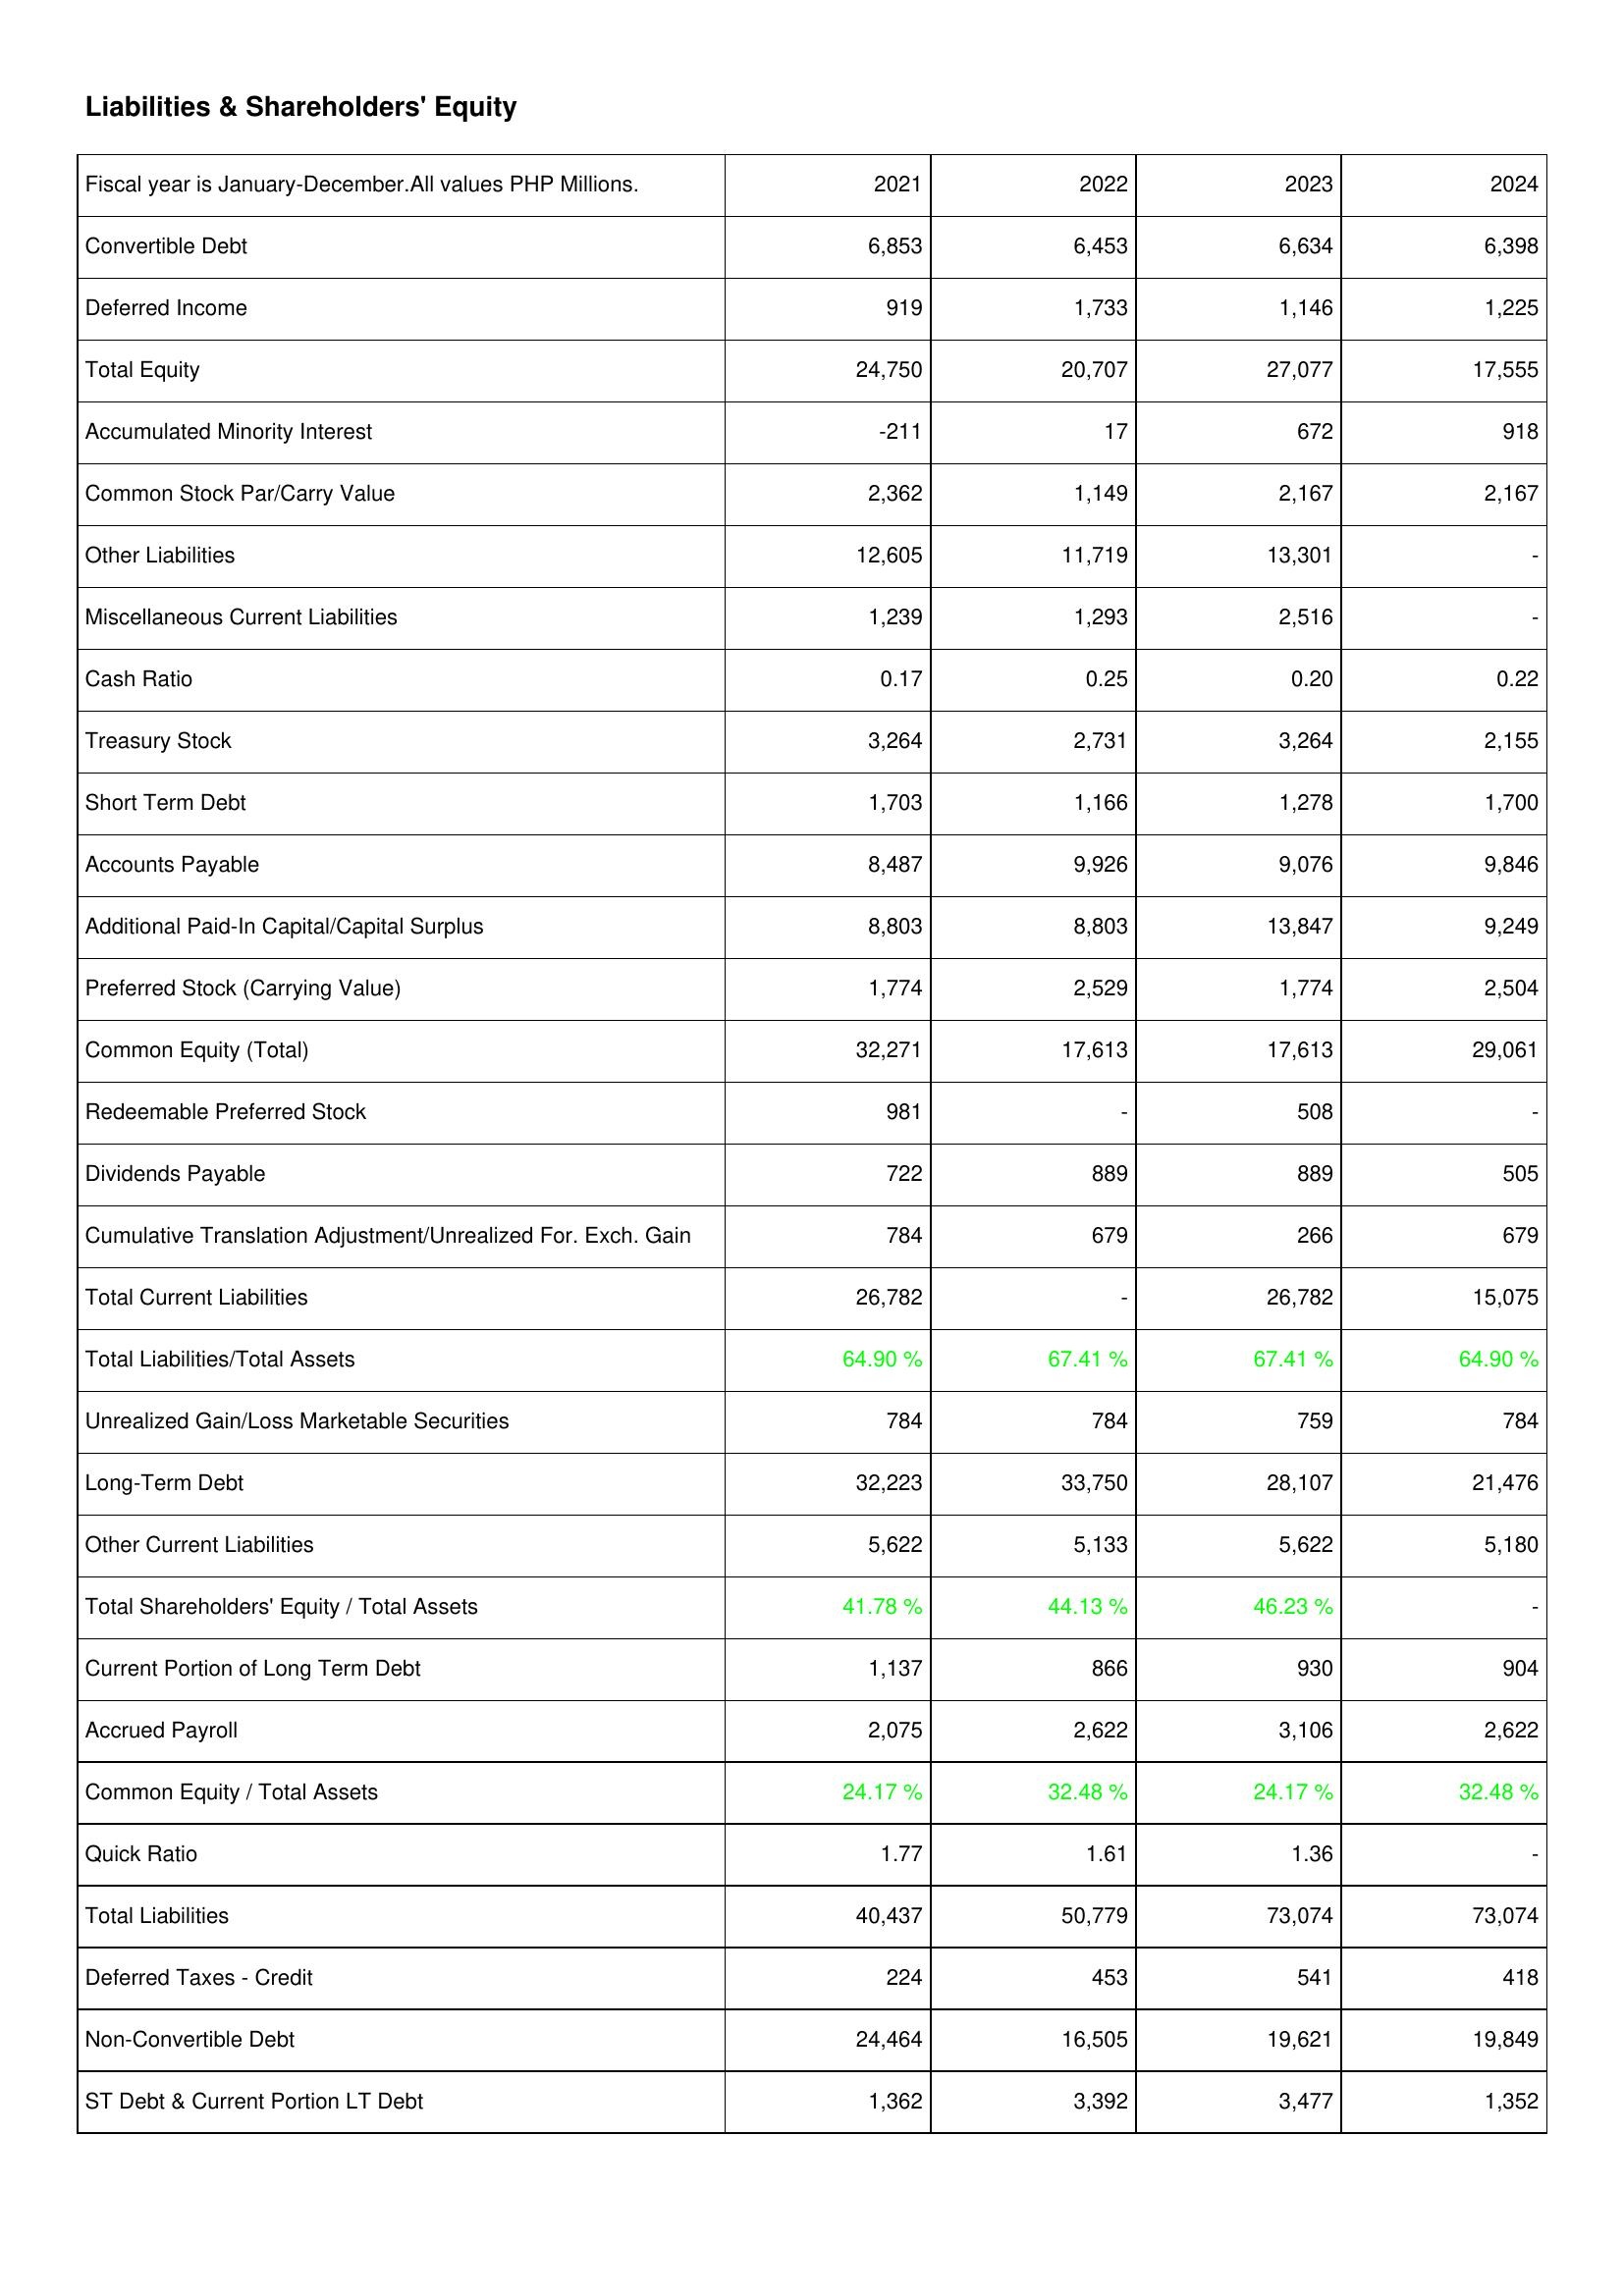
2021: Liabilities & Shareholders' Equity: Convertible Debt: 6,853
Deferred Income: 919
Total Equity: 24,750
Accumulated Minority Interest: -211
Common Stock Par/Carry Value: 2,362
Other Liabilities: 12,605
Miscellaneous Current Liabilities: 1,239
Cash Ratio: 0.17
Treasury Stock: 3,264
Short Term Debt: 1,703
Accounts Payable: 8,487
Additional Paid-In Capital/Capital Surplus: 8,803
Preferred Stock (Carrying Value): 1,774
Common Equity (Total): 32,271
Redeemable Preferred Stock: 981
Dividends Payable: 722
Cumulative Translation Adjustment/Unrealized For. Exch. Gain: 784
Total Current Liabilities: 26,782
Total Liabilities/Total Assets: 64.90 %
Unrealized Gain/Loss Marketable Securities: 784
Long-Term Debt: 32,223
Other Current Liabilities: 5,622
Total Shareholders' Equity / Total Assets: 41.78 %
Current Portion of Long Term Debt: 1,137
Accrued Payroll: 2,075
Common Equity / Total Assets: 24.17 %
Quick Ratio: 1.77
Total Liabilities: 40,437
Deferred Taxes - Credit: 224
Non-Convertible Debt: 24,464
ST Debt & Current Portion LT Debt: 1,362
2022: Liabilities & Shareholders' Equity: Convertible Debt: 6,453
Deferred Income: 1,733
Total Equity: 20,707
Accumulated Minority Interest: 17
Common Stock Par/Carry Value: 1,149
Other Liabilities: 11,719
Miscellaneous Current Liabilities: 1,293
Cash Ratio: 0.25
Treasury Stock: 2,731
Short Term Debt: 1,166
Accounts Payable: 9,926
Additional Paid-In Capital/Capital Surplus: 8,803
Preferred Stock (Carrying Value): 2,529
Common Equity (Total): 17,613
Redeemable Preferred Stock: -
Dividends Payable: 889
Cumulative Translation Adjustment/Unrealized For. Exch. Gain: 679
Total Current Liabilities: -
Total Liabilities/Total Assets: 67.41 %
Unrealized Gain/Loss Marketable Securities: 784
Long-Term Debt: 33,750
Other Current Liabilities: 5,133
Total Shareholders' Equity / Total Assets: 44.13 %
Current Portion of Long Term Debt: 866
Accrued Payroll: 2,622
Common Equity / Total Assets: 32.48 %
Quick Ratio: 1.61
Total Liabilities: 50,779
Deferred Taxes - Credit: 453
Non-Convertible Debt: 16,505
ST Debt & Current Portion LT Debt: 3,392
2023: Liabilities & Shareholders' Equity: Convertible Debt: 6,634
Deferred Income: 1,146
Total Equity: 27,077
Accumulated Minority Interest: 672
Common Stock Par/Carry Value: 2,167
Other Liabilities: 13,301
Miscellaneous Current Liabilities: 2,516
Cash Ratio: 0.20
Treasury Stock: 3,264
Short Term Debt: 1,278
Accounts Payable: 9,076
Additional Paid-In Capital/Capital Surplus: 13,847
Preferred Stock (Carrying Value): 1,774
Common Equity (Total): 17,613
Redeemable Preferred Stock: 508
Dividends Payable: 889
Cumulative Translation Adjustment/Unrealized For. Exch. Gain: 266
Total Current Liabilities: 26,782
Total Liabilities/Total Assets: 67.41 %
Unrealized Gain/Loss Marketable Securities: 759
Long-Term Debt: 28,107
Other Current Liabilities: 5,622
Total Shareholders' Equity / Total Assets: 46.23 %
Current Portion of Long Term Debt: 930
Accrued Payroll: 3,106
Common Equity / Total Assets: 24.17 %
Quick Ratio: 1.36
Total Liabilities: 73,074
Deferred Taxes - Credit: 541
Non-Convertible Debt: 19,621
ST Debt & Current Portion LT Debt: 3,477
2024: Liabilities & Shareholders' Equity: Convertible Debt: 6,398
Deferred Income: 1,225
Total Equity: 17,555
Accumulated Minority Interest: 918
Common Stock Par/Carry Value: 2,167
Other Liabilities: -
Miscellaneous Current Liabilities: -
Cash Ratio: 0.22
Treasury Stock: 2,155
Short Term Debt: 1,700
Accounts Payable: 9,846
Additional Paid-In Capital/Capital Surplus: 9,249
Preferred Stock (Carrying Value): 2,504
Common Equity (Total): 29,061
Redeemable Preferred Stock: -
Dividends Payable: 505
Cumulative Translation Adjustment/Unrealized For. Exch. Gain: 679
Total Current Liabilities: 15,075
Total Liabilities/Total Assets: 64.90 %
Unrealized Gain/Loss Marketable Securities: 784
Long-Term Debt: 21,476
Other Current Liabilities: 5,180
Total Shareholders' Equity / Total Assets: -
Current Portion of Long Term Debt: 904
Accrued Payroll: 2,622
Common Equity / Total Assets: 32.48 %
Quick Ratio: -
Total Liabilities: 73,074
Deferred Taxes - Credit: 418
Non-Convertible Debt: 19,849
ST Debt & Current Portion LT Debt: 1,352